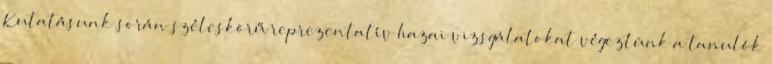
Kutatásunk során széleskörű reprezentatív hazai vizsgálatokat végeztünk a tanulók